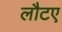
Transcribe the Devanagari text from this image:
लौटए